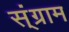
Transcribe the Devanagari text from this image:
स्ंग्राम